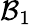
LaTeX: \mathcal{B}_{1}